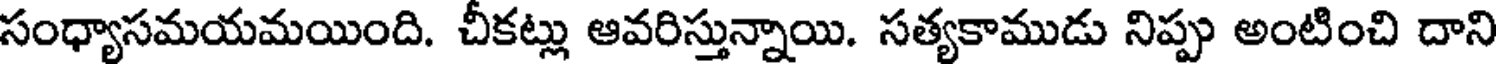
సంధ్యాసమయమయింది. చీకట్లు ఆవరిస్తున్నాయి. సత్యకాముడు నిప్పు అంటించి దాని